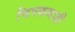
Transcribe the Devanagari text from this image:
चित्रकथाही